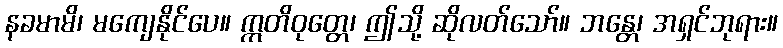
နခမာမိ၊ မကျေနိုင်ပေ။ ဣတိဝုတ္တေ၊ ဤသို့ ဆိုလတ်သော်။ ဘန္တေ၊ အရှင်ဘုရား။